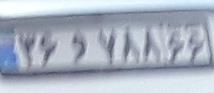
۳۶و۷۸۸۶۶